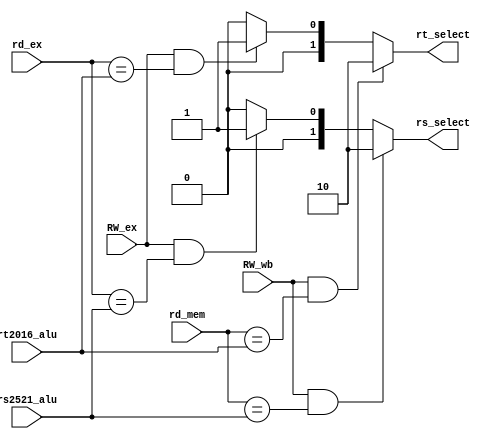
module Forwarding( rs2521_alu, rt2016_alu, rd_ex, rd_mem, RW_ex, RW_wb, rs_select, rt_select );

//I/O ports 
input [4:0] rs2521_alu;
input [4:0] rt2016_alu;
input [4:0] rd_ex;
input [4:0] rd_mem;
input RW_ex;
input RW_wb;


output [1:0] rs_select;
output [1:0] rt_select;

//Main function



assign rt_select = ((RW_wb)&&(rd_mem==rt2016_alu)) ?2 :(((RW_ex)&&(rd_ex==rt2016_alu))?1 :0);
assign rs_select = ((RW_wb)&&(rd_mem==rs2521_alu)) ?2 :(((RW_ex)&&(rd_ex==rs2521_alu))?1 :0);


endmodule